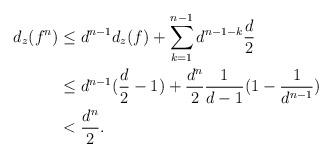
LaTeX: \begin{align*}d_z(f^n)&\le d^{n-1}d_z(f)+\sum_{k=1}^{n-1}d^{n-1-k}\frac{d}{2}\\&\le d^{n-1}(\frac{d}{2}-1)+\frac{d^n}{2}\frac{1}{d-1}(1-\frac{1}{d^{n-1}})\\&<\frac{d^n}{2}.\end{align*}